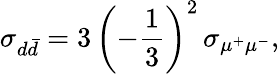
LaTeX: \sigma_{d\bar{d}}=3\, \left(-{\frac{1}{3}}\right)^{2}\, \sigma_{\mu^{+}\mu^{-}},